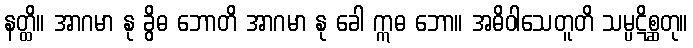
နတ္ထိ။ အာဂမာ နု ခွိဓ ဘောတိ အာဂမာ နု ခေါ ဣဓ ဘော။ အဓိဝါသေတူတိ သမ္ပဋိစ္ဆတု။